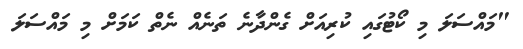
"މައްސަލަ މި ކޯޓުގައި ކުރިއަށް ގެންދާނެ ތަނެއް ނެތް ކަމަށް މި މައްސަލަ